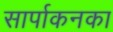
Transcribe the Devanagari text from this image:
सार्पाकनका